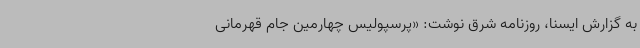
به گزارش ایسنا،‌ روزنامه شرق نوشت: «پرسپولیس چهارمین جام قهرمانی